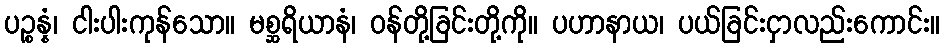
ပဉ္စန္နံ၊ ငါးပါးကုန်သော။ မစ္ဆရိယာနံ၊ ဝန်တို့ခြင်းတို့ကို။ ပဟာနာယ၊ ပယ်ခြင်းငှာလည်းကောင်း။